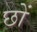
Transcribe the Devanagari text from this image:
छों